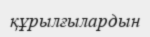
құрылғылардын